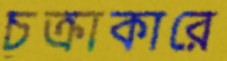
চক্রাকারে